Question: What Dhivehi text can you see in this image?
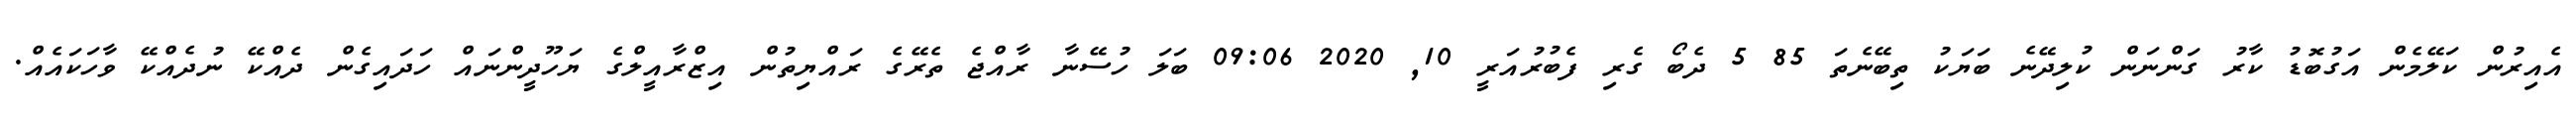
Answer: އެއިރުން ކަލޭމެން އަގުބޮޑު ކާރު ގަންނަން ކުލިދޭނެ ބަޔަކު ތިބޭނެތަ 85 5 ދެބޯ ގެރި ފެބުރުއަރީ 10, 2020 09:06 ބަލަ ހުސޭނާ ރާއްޖެ ތެރޭގެ ރައްޔިތުން އިޒްރާއީލްގެ ޔަހޫދީންނައް ހަދައިގެން ދެއްކޭ ނުދެއްކޭ ވާހަކައެއް.